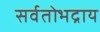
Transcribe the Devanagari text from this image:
सर्वतोभद्राय